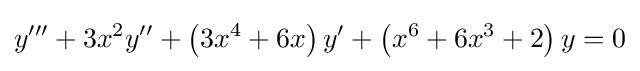
y'''+3x^{2}y''+\left(3x^{4}+6x\right)y'+\left(x^{6}+6x^{3}+2\right)y=0